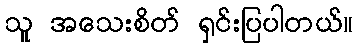
သူ အသေးစိတ် ရှင်းပြပါတယ်။